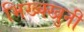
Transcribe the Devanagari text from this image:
भिख्क्खुनी